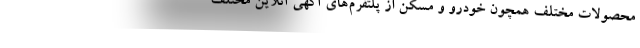
محصولات مختلف همچون خودرو و مسکن از پلتفرم‌های آگهی آنلاین مختلف